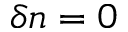
\delta n = 0